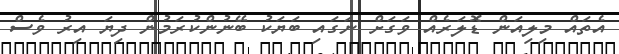
އެތައް މިލިއަން ޑޮލަރެއް ވަގަށް ނަގައި ބަޔަކު ބޭނުންކުރަމުން ދިޔަ އިރު ވެސް